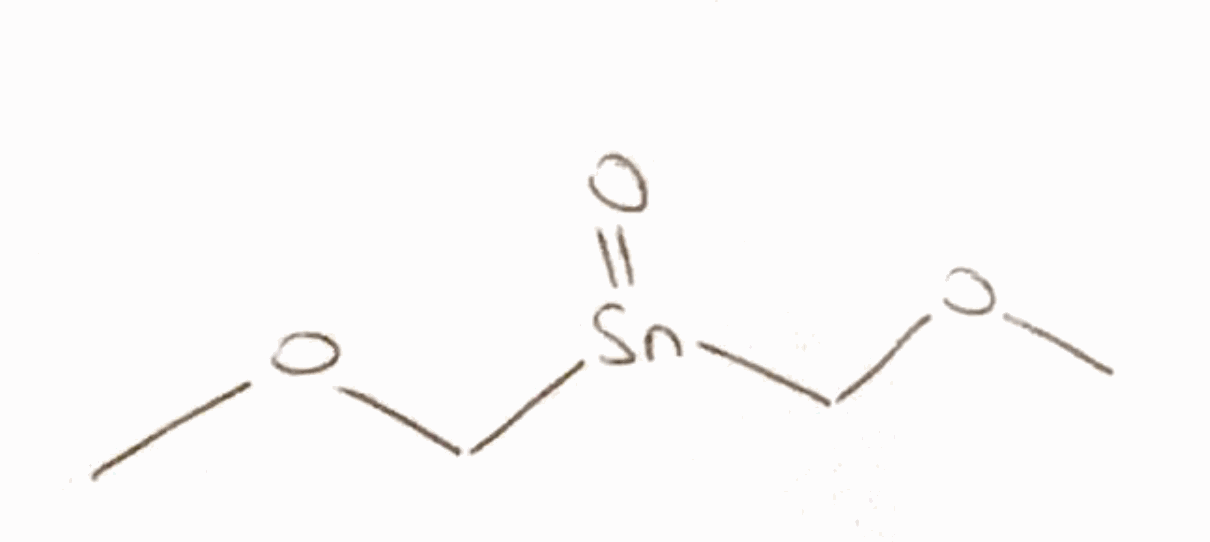
Simplified molecular-input line-entry system (SMILES) notation of the given molecule:
COC[Sn](=O)COC